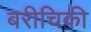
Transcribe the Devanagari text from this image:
बरीचिकी